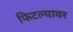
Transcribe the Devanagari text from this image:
फिटल्यावर